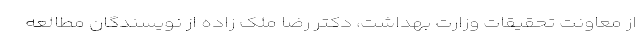
از معاونت تحقیقات وزارت بهداشت، دکتر رضا ملک زاده از نویسندگان مطالعه